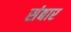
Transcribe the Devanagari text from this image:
संबार